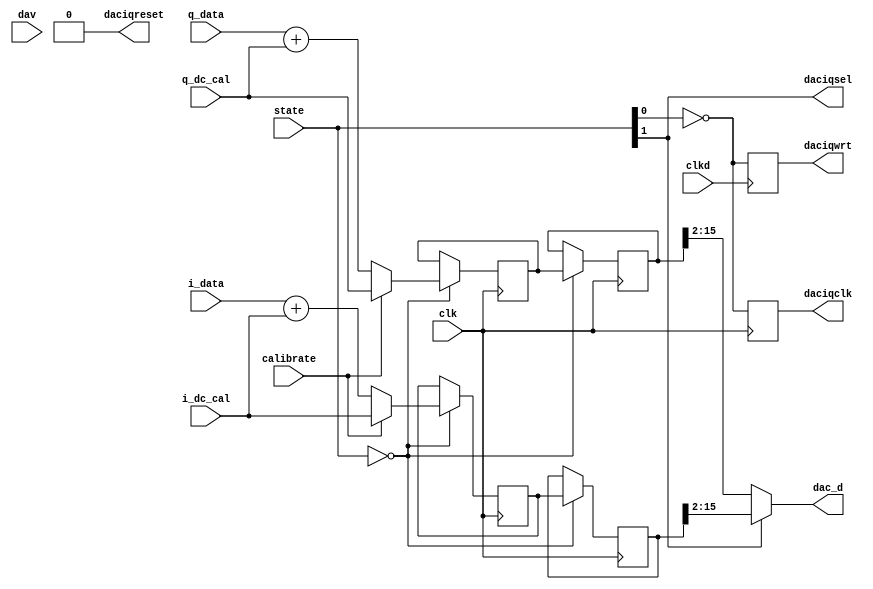
module dac_w( input clk, input clkd, input [1:0]state, input dav,
              input [15:0]i_data,   input [15:0]q_data, input calibrate,
				  input [15:0]i_dc_cal, input [15:0]q_dc_cal,  
              output [13:0]dac_d, output daciqwrt, output daciqclk, output daciqreset, output daciqsel ); 
reg iqclk_r;
reg iqwrt_r;
reg [15:0]idata_r[2];
reg [15:0]qdata_r[2];

always @(posedge clk )
begin
   // When state = 00 sample is valid, so save it
   if(state[1:0] == 0)
	begin
		// Data needs to be converted to differential format
      idata_r[0] <= calibrate ? i_dc_cal : i_data + i_dc_cal;
      qdata_r[0] <= calibrate ? q_dc_cal : q_data + q_dc_cal;
      idata_r[1] <= idata_r[0];
      qdata_r[1] <= qdata_r[0];
	end
end

always @(negedge clk)  iqclk_r  <= !state[0];
always @(negedge clkd) iqwrt_r  <= !state[0];
//always @(posedge state[1]) rst_r <= dav;

assign daciqclk = iqclk_r;
assign daciqwrt = iqwrt_r;// delayed version of IQCLK
assign daciqsel = state[1];

// Select data to output to DAC
assign dac_d  = state[1] ? idata_r[1][15:2] : qdata_r[1][15:2];

assign daciqreset = 1'b0;   // keep it out of reset

endmodule